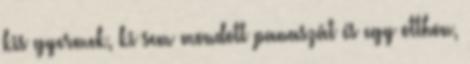
kis gyermek, ki sem mondott panaszát és egy otthon,